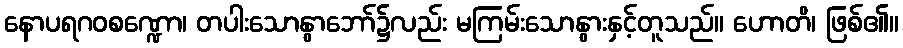
နောပရဂဝစဏ္ဍော၊ တပါးသောနွာဘော်၌လည်း မကြမ်းသောနွားနှင့်တူသည်။ ဟောတိ၊ ဖြစ်၏။